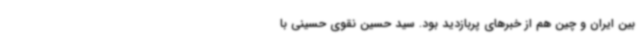
بین ایران و چین هم از خبرهای پربازدید بود. سید حسین نقوی حسینی با